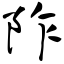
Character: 阼